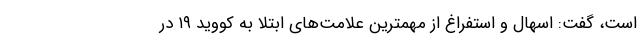
است، گفت: اسهال و استفراغ از مهمترین علامت‌های ابتلا به کووید ۱۹ در